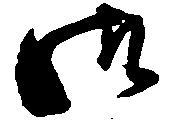
御